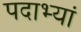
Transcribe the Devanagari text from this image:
पदाभ्यां